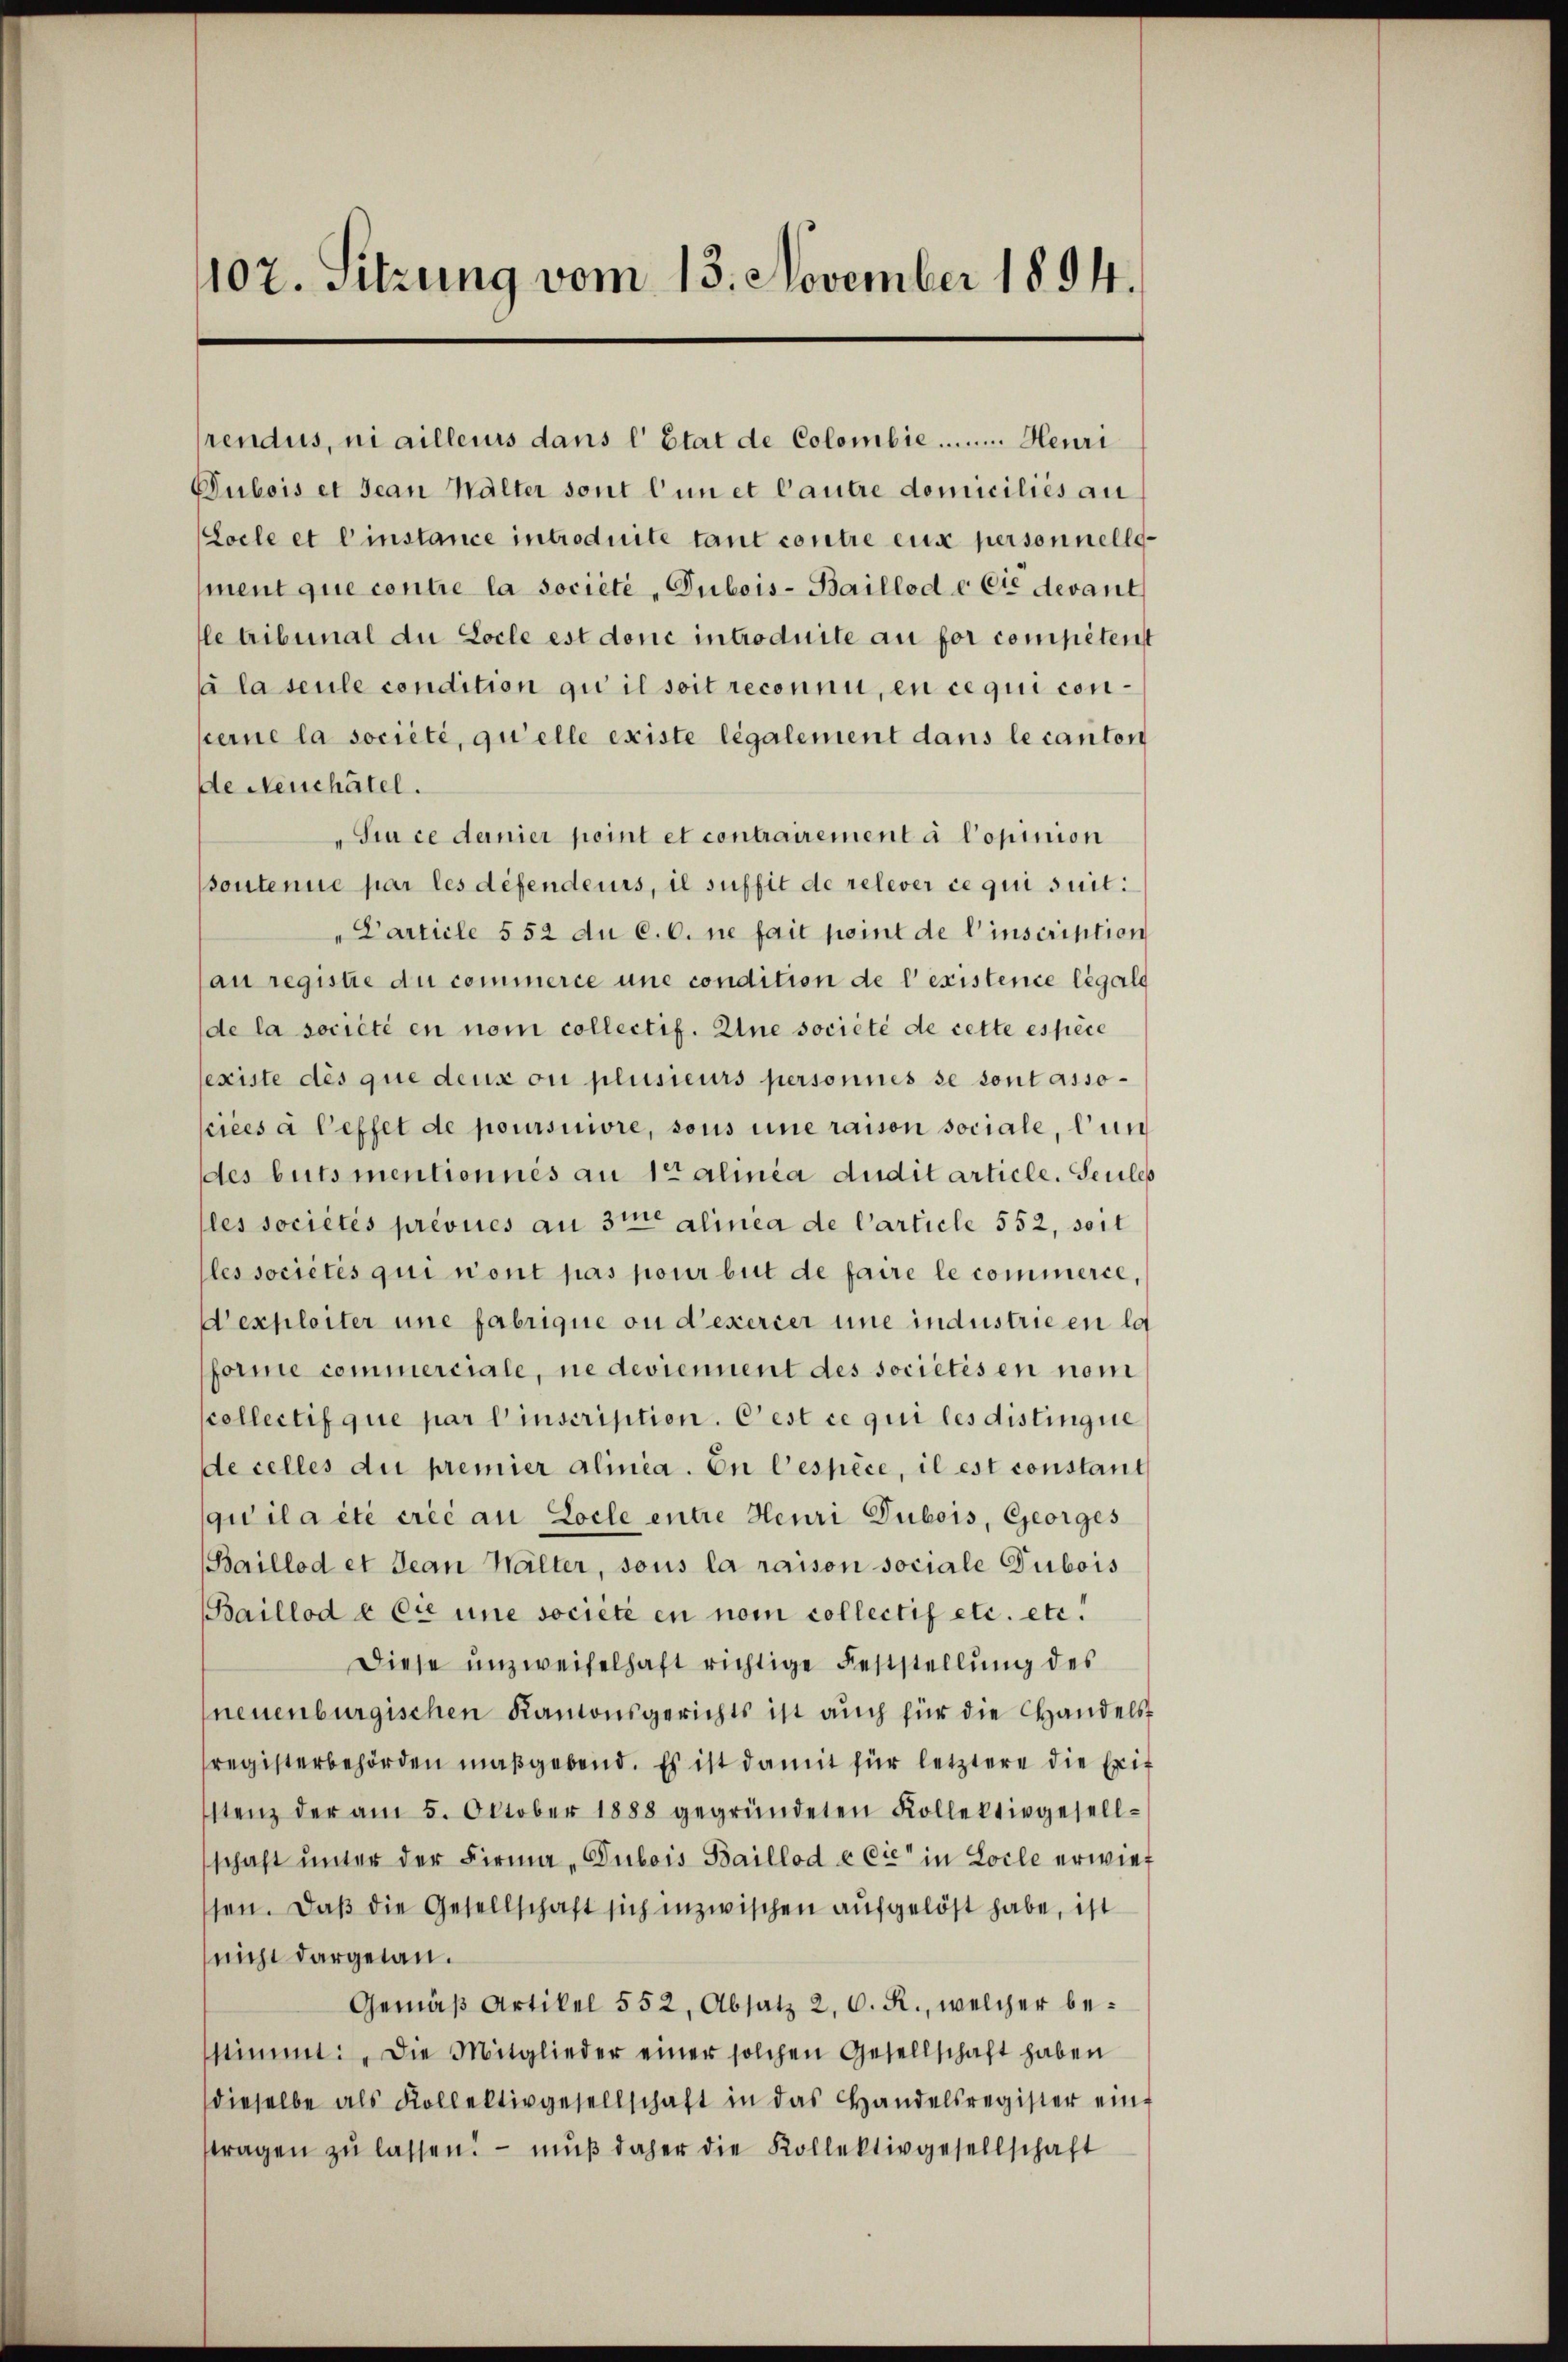
107. Sitzung vom 13. November 1894.

Dubois et Jean Walter sont l’un et Cautre domiciliés au
Locle et einstance introduite tant contre eux personnellg
ment que contre la societe - Dubois-Baillod & Cie devant
le tribunal du Locle est donc introduite au for competent
à la seule condition qui il soit reconnu, en ce qui conkeine la société, qu’elle existe legalement dans le canton
de Neuchâtel.
Si ce dernier point et contrairement à Copinion
soutenue par les défendeurs, il suffit de relever ce qui suit:
" Particle 552 du C. C. ne fait point de l’inscription
au registrie du commerce une condition de l’existence légald
de la société en nom collectif. Eine société de cette espèce
existe dès que deux ou plusieurs personnes se sont associées à l’effet de poursuivre, sons une raison sociale, l’un
des buts mentionnés an Salinea Audit article, Seules
(les sociétés prévues an 3 me alinea de Carticle 552, soit
les sociétés qui n’ont pas pour but de faire le commerce,
Wexploiter une fabrique ou d’exercer une industrie en la
forme commerciale, ne deviennent des societés en nom
scollectif que par l’inscription. Oest ce qui les distingue
de celles du premier alinia. En l’espèce, il est constant
qu’il a été créé au Loche entre Heuri Dubois, Georges
Baillod et Jean Halter, sous la raison sociale Dubois
Baillod & Cie une societe en nom collectif etc. etc.
Diese unzweifelhaft richtige Feststellung des
(neuenburgischen Kantonsgerichts ist auch für die Handelsregisterbehörden maßgebend. Es ist damit für letztere die Erif
stenz der am 5. Oktober 1888 gegründeten Kollektivgesell-
schaft ŭnter der Firma „Dubois Baillod & Cie in Locle erwiessen. Daß die Gesellschaft sich inzwischen aufgelöst habe, ist
(nicht dargetan.
Gemäβ Artikel 552, Absatz 2, C. R., welcher bestimmt: „Die Mitglieder einer solchen Gesellschaft haben
dieselbe als Kollektivgesellschaft in das Handelsregister eint
ftragen zŭ lassen! - mŭβ daher die Kollektivgesellschaft

rendus, ni ailleurs dans l’Etat de Colombie ...... Heuri